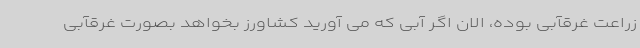
زراعت غرقآبی بوده، الان اگر آبی که می آورید کشاورز بخواهد بصورت غرقآبی